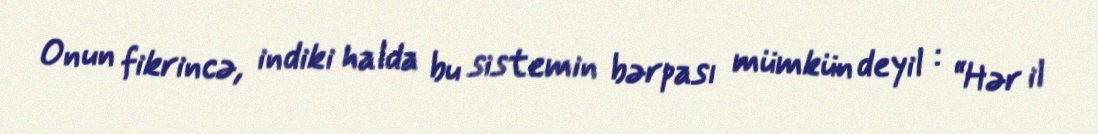
Onun fikrincə, indiki halda bu sistemin bərpası mümkün deyil : “Hər il